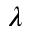
\lambda